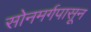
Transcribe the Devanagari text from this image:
सोनमर्गपासून